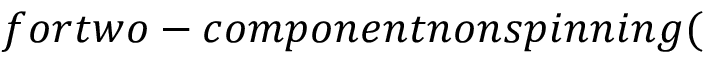
f o r t w o - c o m p o n e n t n o n s p i n n i n g (